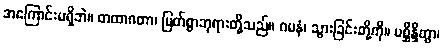
အကြောင်းမရှိဘဲ။ တထာဂတာ၊ မြတ်စွာဘုရားတို့သည်။ ဂမနံ၊ သွားခြင်းတို့ကို။ ပစ္ဆိန္ဒိတွာ၊